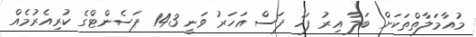
މުއާމަލާތްތަކަށް ބަލާ އިރު ފަހު ފަސް އަހަރު ވަނީ 143 ޕަސެންޓްގެ ކުރިއެރުމެއް